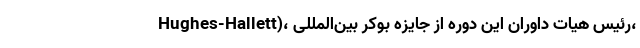
Hughes-Hallett)، رئیس هیات داوران این دوره از جایزه بوکر بین‌المللی،